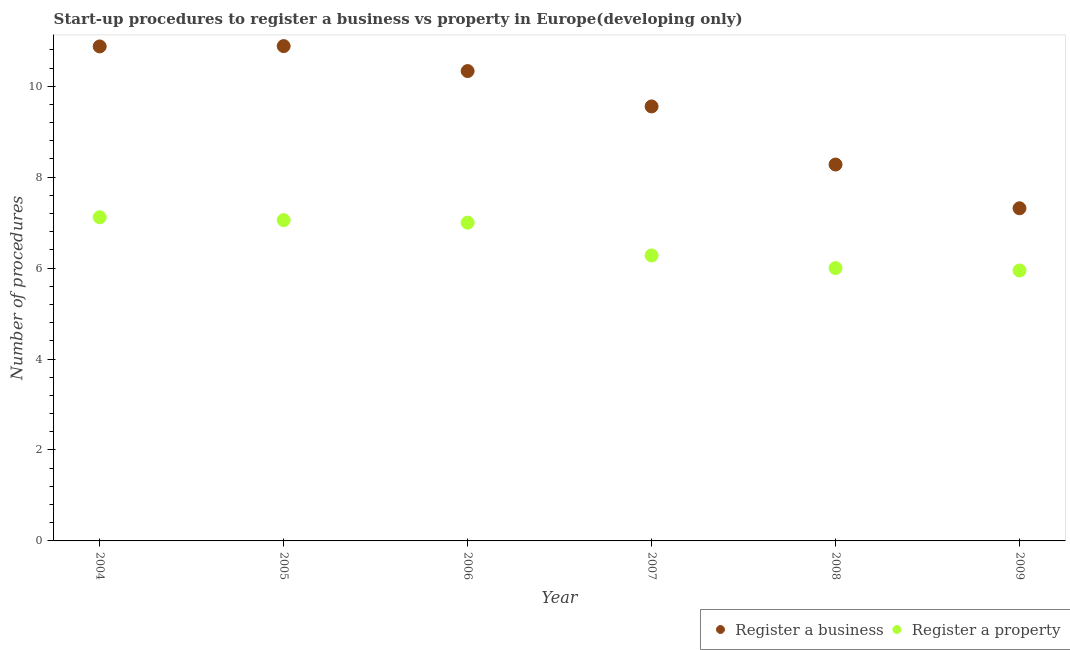
| Year | Register a business | Register a property |
 | --- | --- | --- |
 | 2004 | 10.9 | 7.12 |
 | 2005 | 10.9 | 7.06 |
 | 2006 | 10.3 | 7 |
 | 2007 | 9.56 | 6.28 |
 | 2008 | 8.28 | 6 |
 | 2009 | 7.32 | 5.95 |